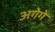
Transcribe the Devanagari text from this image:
अगेगे